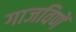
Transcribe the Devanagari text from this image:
गाजविणें